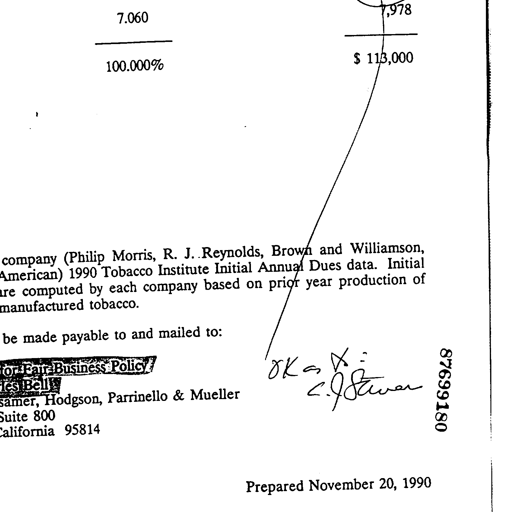
7.060 7,978
100.000% $ 113,000
company (Philip Morris, R. J. Reynolds, Brown and Williamson,
American) 1990 Tobacco Institute Initial Annual Dues data. Initial
computed by each company based on prior year production of
manufactured tobacco.
be made payable to and mailed to:
for Fair Business Policy
les Bell
samer, Hodgson, Parrinello & Mueller
Suite 800
California 95814 OK as X - C. J. Staven 87699180
Prepared November 20, 1990